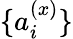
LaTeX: \{ a_{i}^{(x)}\}